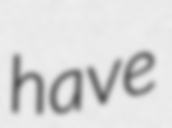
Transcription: have